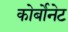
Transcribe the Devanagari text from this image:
कोर्बोनेट